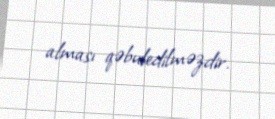
alması qəbuledilməzdir.